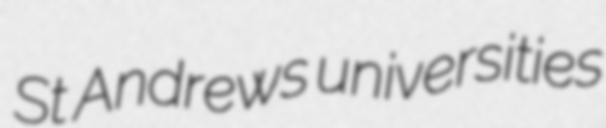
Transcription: St Andrews universities